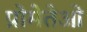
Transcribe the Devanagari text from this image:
प्रोमेतेओ